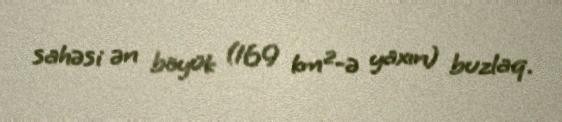
sahəsi ən böyük (169 km²-ə yaxın) buzlaq.